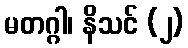
မတဂ္ဂါ၊ နိသင် (၂)